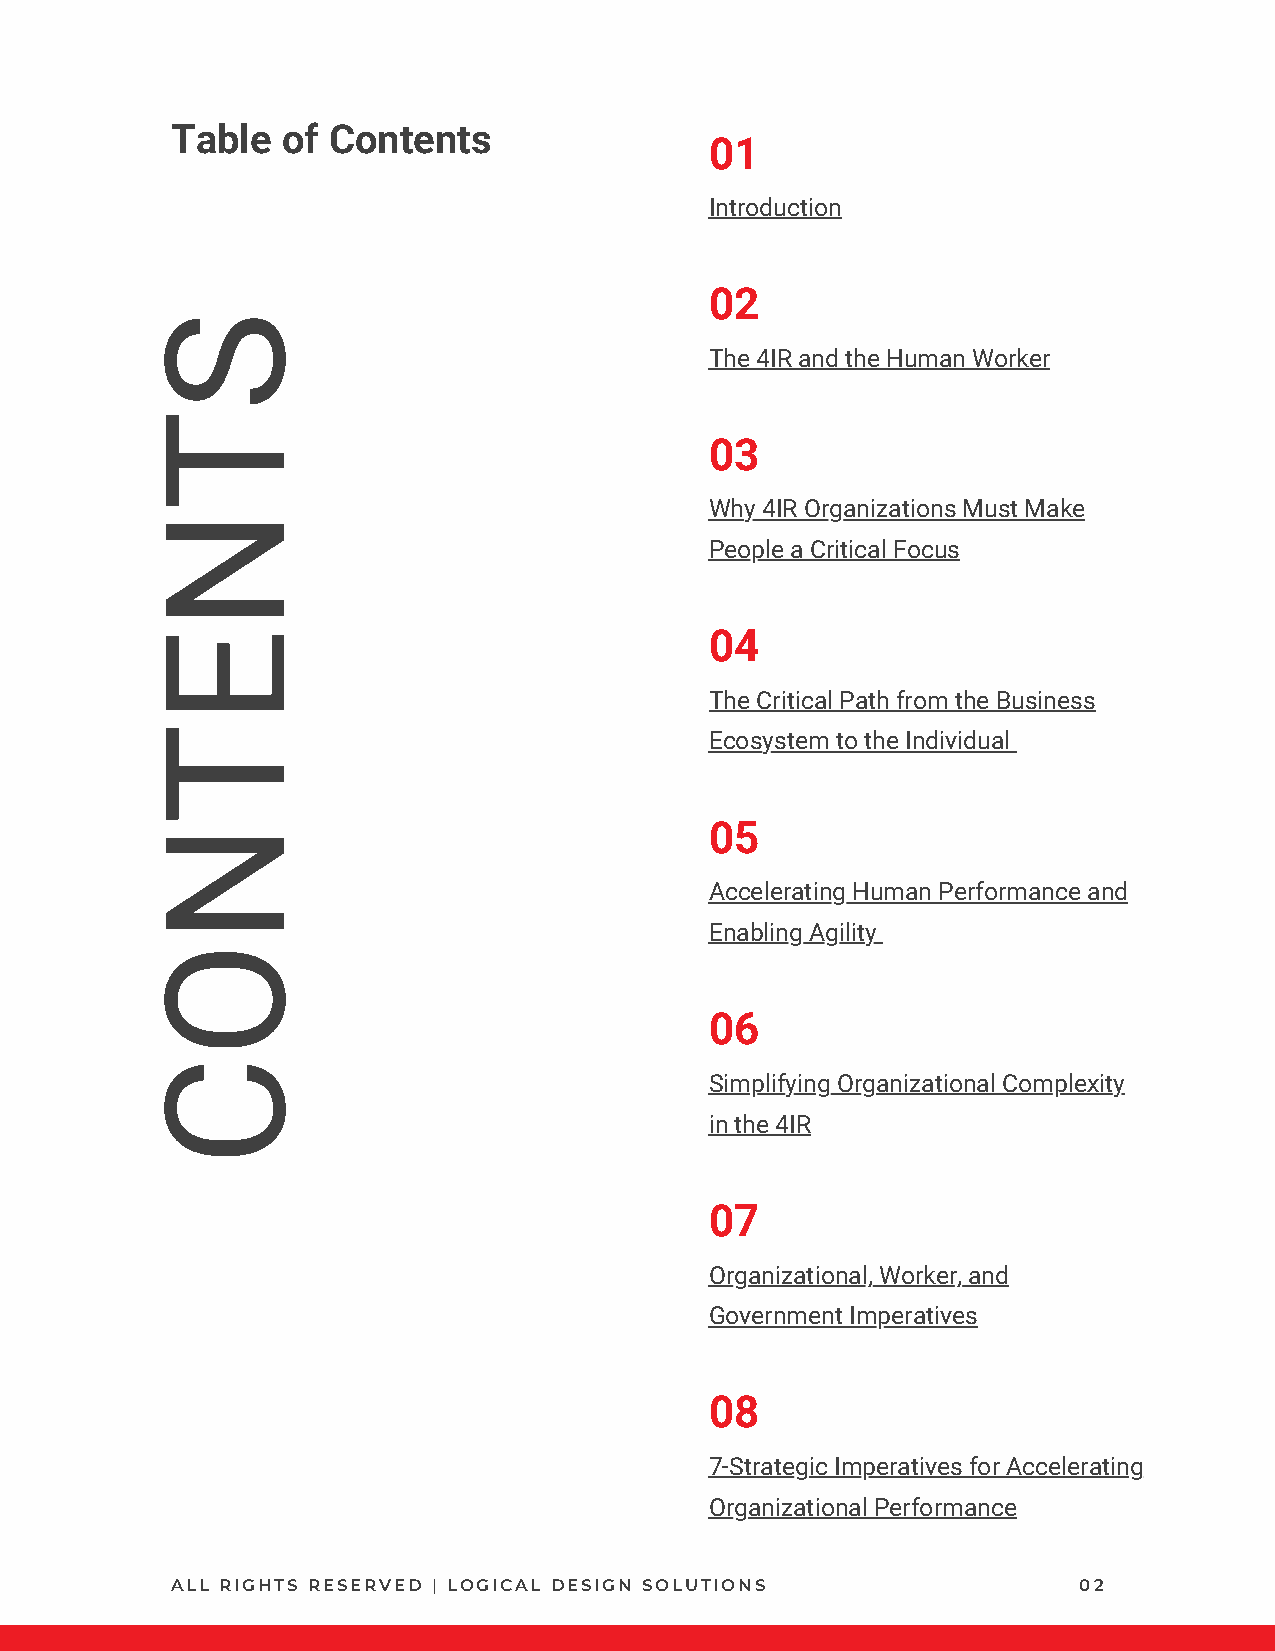
Table   of Contents
 01
 Introduction
 02
 S
 The 4IR and the Human Worker
 T
 03
 Why 4IR Organizations Must Make
 N
 People a Critical Focus
 E                                    04
 The Critical Path from the Business
 T
 Ecosystem to the Individual
 N                                    05
 Accelerating Human Performance and
 Enabling Agility
 O
 06
 C
 Simplifying Organizational Complexity
 in the 4IR
 07
 Organizational, Worker, and
 Government Imperatives
 08
 7-Strategic Imperatives for Accelerating
 Organizational Performance
 ALL RIGHTS RESERVED | LOGICAL DESIGN SOLUTIONS              02